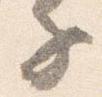
子